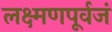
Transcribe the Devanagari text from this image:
लक्ष्मणपूर्वजं